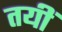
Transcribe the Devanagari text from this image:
तयीं